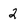
Character: 2